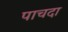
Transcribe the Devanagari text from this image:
पाचदा